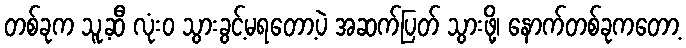
တစ်ခုက သူ့ဆီ လုံးဝ သွားခွင့်မရတော့ပဲ အဆက်ပြတ် သွားဖို့၊ နောက်တစ်ခုကတော့